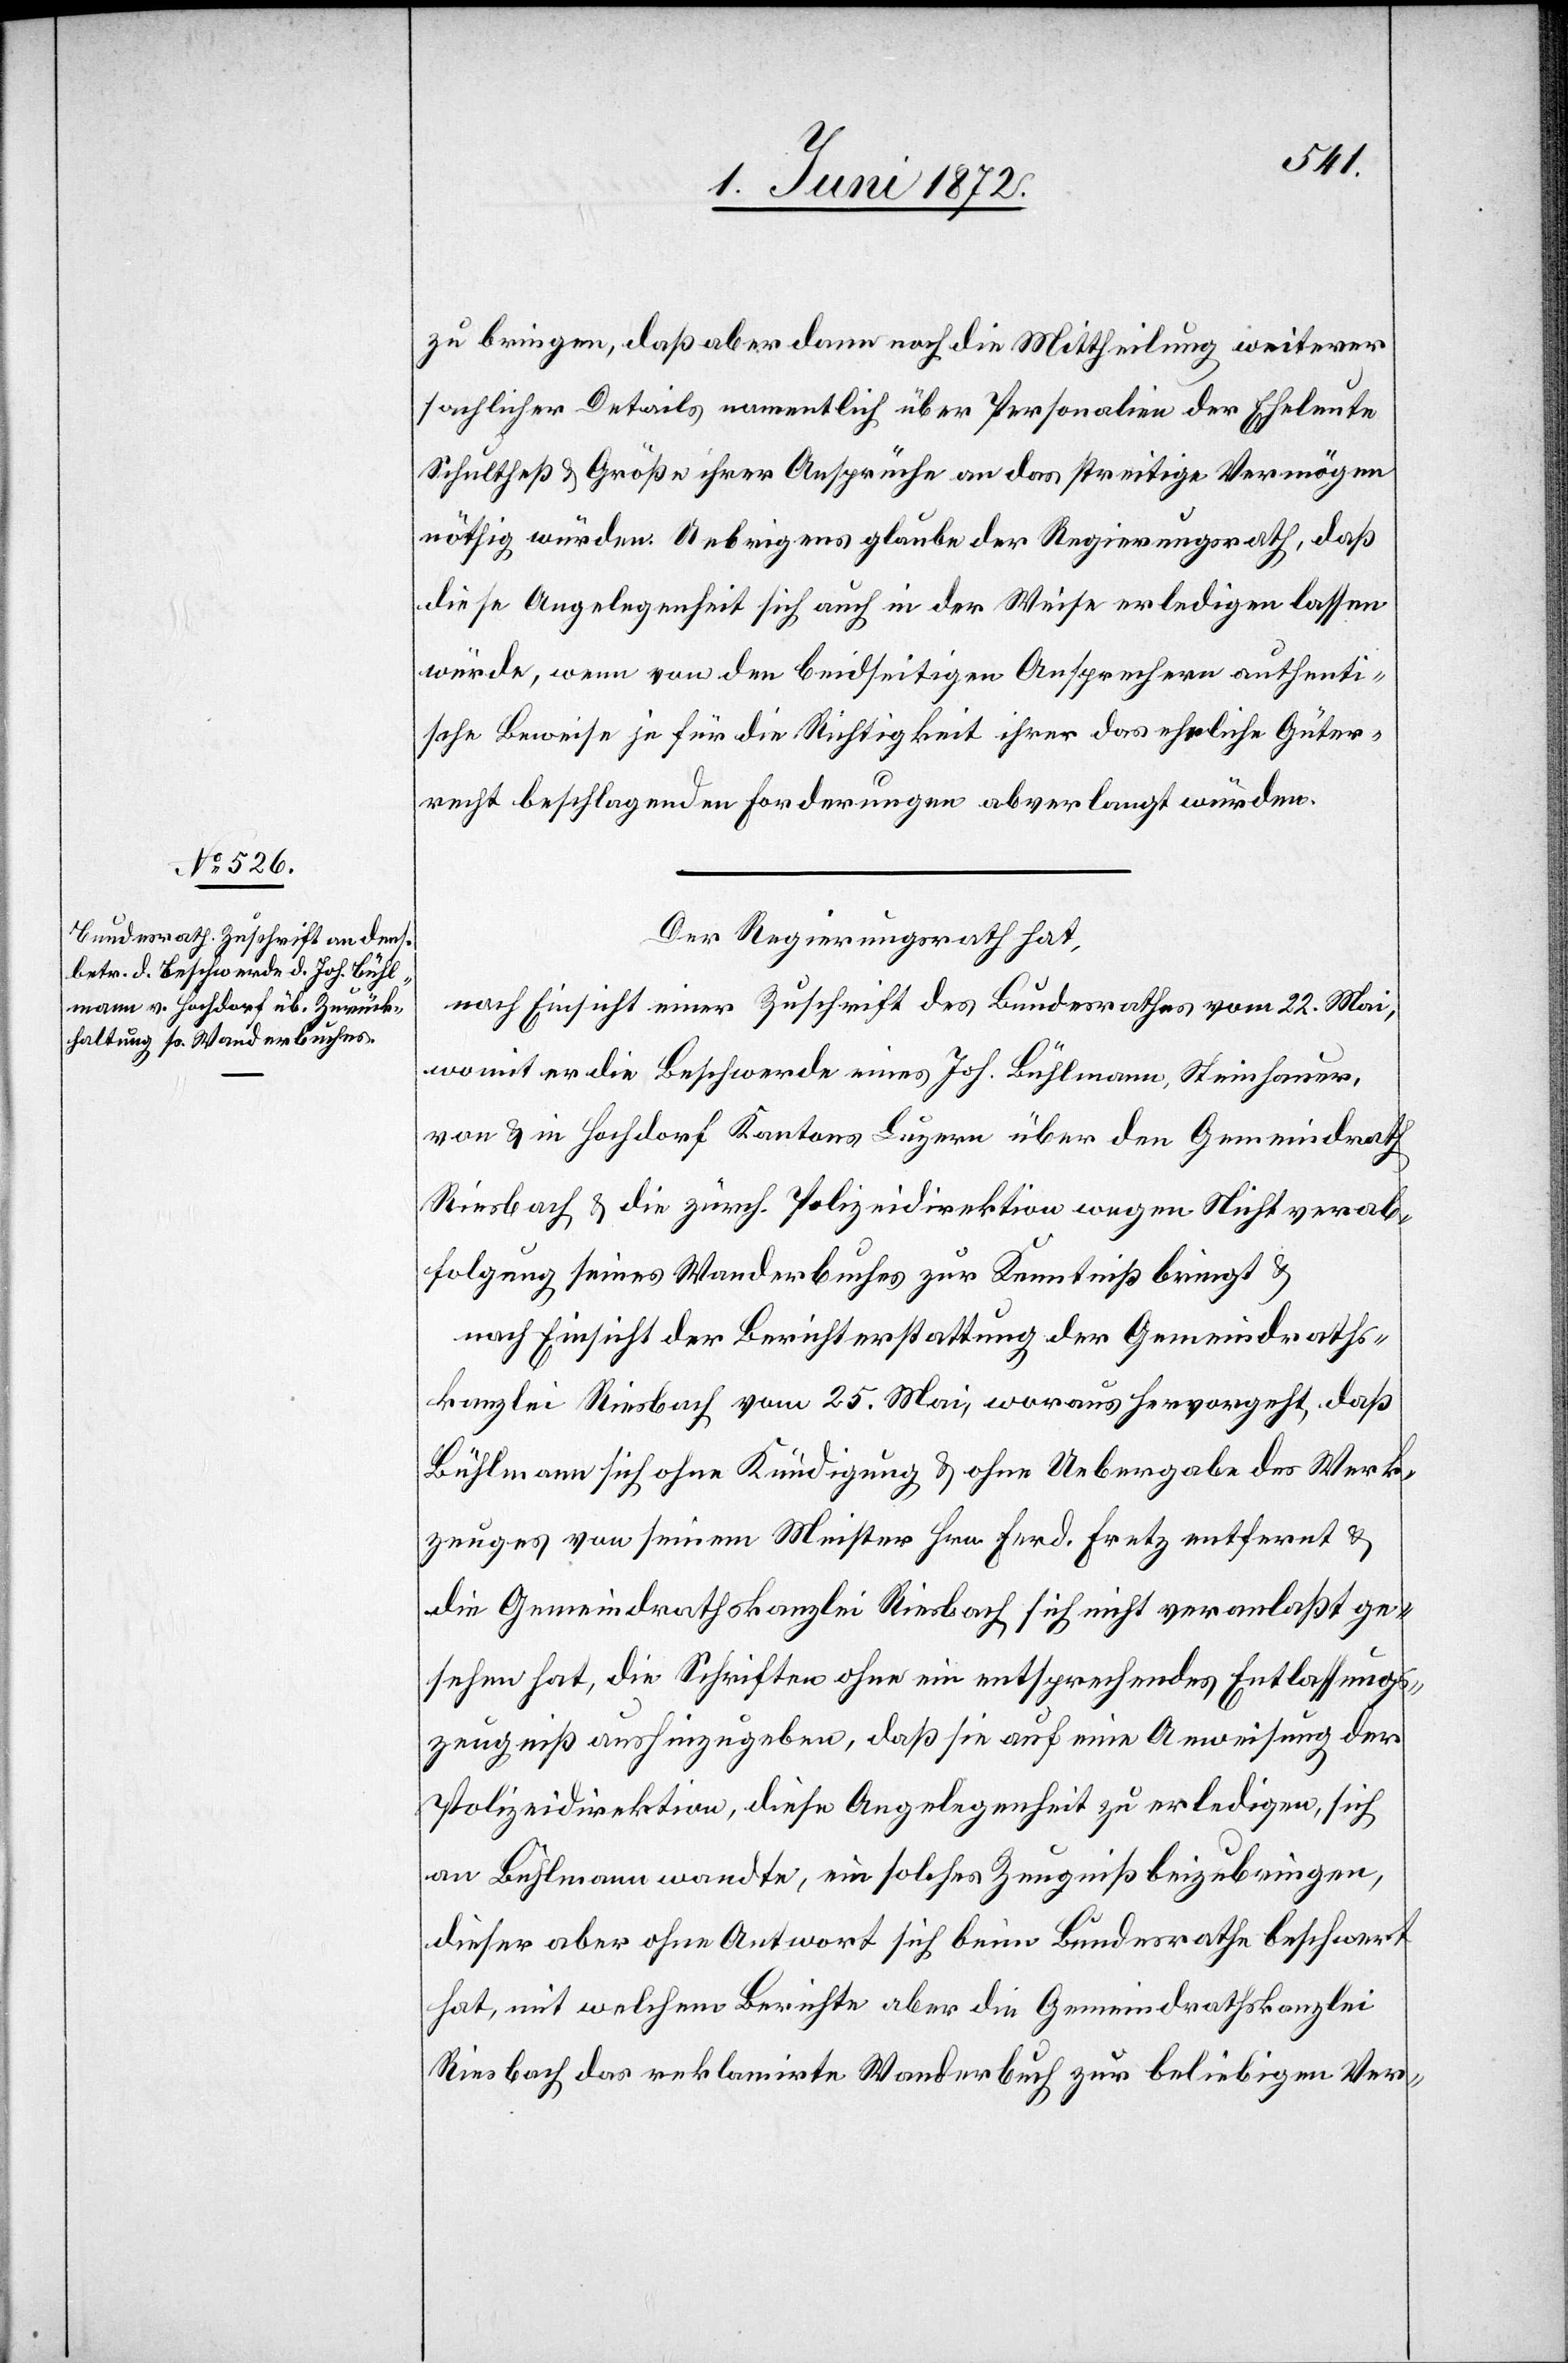
zu bringen, daß aber dann noch die Mittheilung weiterer
sachlicher Details namentlich über Personalien der Eheleute
Schultheß u. Größe ihrer Ansprüche an das streitige Vermögen
nöthig würden. Uebrigens glaube der Regierungsrath, daß
diese Angelegenheit sich auch in der Weise erledigen lassen
würde, wenn von den beidseitigen Ansprechern authenti¬
sche Beweise je für die Richtigkeit ihrer das eheliche Güter¬
recht beschlagenden Forderungen abverlangt würden.
Der Regierungsrath hat,
nach Einsicht einer Zuschrift des Bundesrathes vom 22. Mai,
womit er die Beschwerde eines Joh. Bühlmann, Steinhauer,
von u. in Hochdorf Kantons Luzern über den Gemeindrath
Riesbach u. die zürch. Polizeidirektion wegen Nichtverab¬
folgung seines Wanderbuches zur Kenntniß bringt u.
nach Einsicht der Berichterstattung der Gemeindraths¬
kanzlei Riesbach vom 25. Mai, woraus hervorgeht, daß
Bühlmann sich ohne Kündigung u. ohne Uebergabe des Werk¬
zeuges von seinem Meister Hrn. Ferd. Fretz entfernt u.
die Gemeindrathskanzlei Riesbach sich nicht veranlaßt ge¬
sehen hat, die Schriften ohne ein entsprechendes Entlassungs¬
zeugniß aushinzugeben, daß sie auf eine Anweisung der
Polizeidirektion, diese Angelegenheit zu erledigen, sich
an Bühlmann wandte, ein solches Zeugniß beizubringen,
dieser aber ohne Antwort sich beim Bundesrathe beschwert
hat, mit welchem Berichte aber die Gemeindrathskanzlei
Riesbach das reklamirte Wanderbuch zur beliebigen Ver-